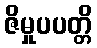
ဇိမှုပပတ္တိ